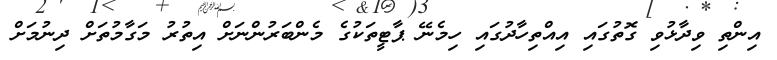
އިންތި ވިދާޅުވި ގޮތުގައި އިއްތިހާދުގައި ހިމެނޭ ޕާޓީތަކުގެ މެންބަރުންނަށް އިތުރު މަގާމުތަށް ދިނުމަށް